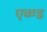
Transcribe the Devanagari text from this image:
एव्ण्ड